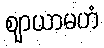
ဈာယာမဟံ